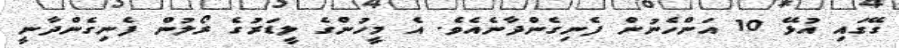
ގޭގައި އުޅޭ 10 އަންހެނުން ފެނިގެންދާނެއެވެ. އެ މީހުންގެ ލީޑަރުގެ ރޯލުން ފެނިގެންދާނީ